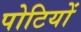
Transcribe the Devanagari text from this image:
पोटियों